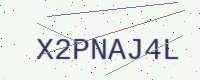
Text: X2PNAJ4L